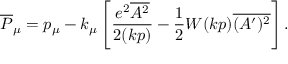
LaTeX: \overline { { { P } } } _ { \mu } = p _ { \mu } - k _ { \mu } \left[ \frac { e ^ { 2 } \overline { { { A ^ { 2 } } } } } { 2 ( k p ) } - \frac 1 2 W ( k p ) \overline { { { ( A ^ { \prime } ) ^ { 2 } } } } \right] .